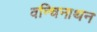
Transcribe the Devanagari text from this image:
वन्चिनाथन